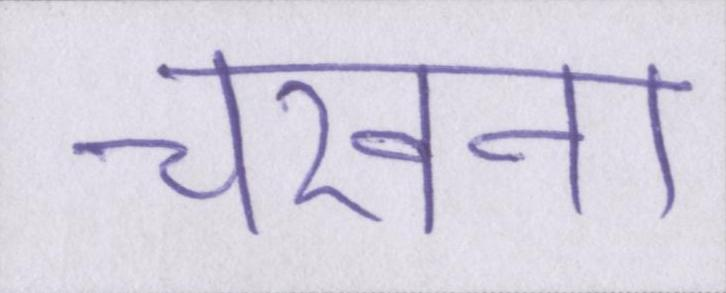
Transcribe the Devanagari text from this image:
चखना